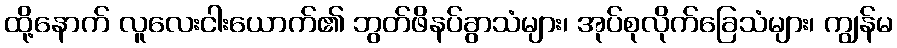
ထို့နောက် လူလေးငါးယောက်၏ ဘွတ်ဖိနပ်ခွာသံများ၊ အုပ်စုလိုက်ခြေသံများ၊ ကျွန်မ